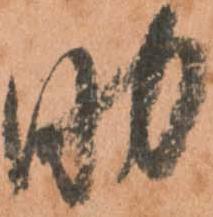
助